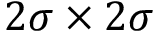
2 \sigma \times 2 \sigma